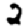
Digit: 2